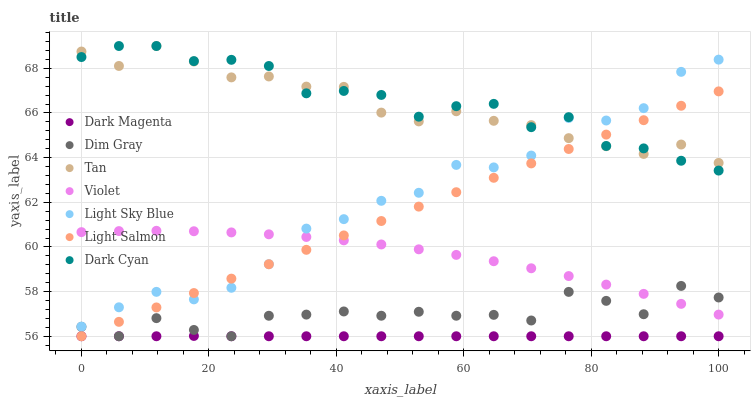
| xaxis_label | Dark Magenta | Dim Gray | Tan | Violet | Light Sky Blue | Light Salmon | Dark Cyan |
 | --- | --- | --- | --- | --- | --- | --- | --- |
 | 0 | 56 | 56.4 | 68.8 | 60.7 | 56.4 | 56 | 68.5 |
 | 5.88 | 56 | 56 | 68.1 | 60.7 | 57.3 | 56.6 | 69 |
 | 11.8 | 56 | 56.8 | 69 | 60.7 | 58 | 57.3 | 69 |
 | 17.6 | 56 | 56.3 | 68.3 | 60.7 | 57.7 | 57.9 | 68.3 |
 | 23.5 | 56 | 56 | 67.6 | 60.7 | 58.2 | 58.6 | 68.4 |
 | 29.4 | 56 | 56.9 | 67.6 | 60.6 | 59.2 | 59.2 | 68.1 |
 | 35.3 | 56 | 57 | 67.2 | 60.4 | 60.8 | 59.9 | 66.9 |
 | 41.2 | 56 | 57.1 | 67.2 | 60.3 | 61.2 | 60.5 | 67 |
 | 47.1 | 56 | 56.9 | 66 | 60.1 | 62.1 | 61.2 | 66.8 |
 | 52.9 | 56 | 57.1 | 65.6 | 59.9 | 62.4 | 61.8 | 65.8 |
 | 58.8 | 56 | 56.9 | 66.1 | 59.6 | 63.7 | 62.5 | 66.3 |
 | 64.7 | 56 | 57 | 65.6 | 59.4 | 63.6 | 63.1 | 66.4 |
 | 70.6 | 56 | 56.7 | 65.5 | 59 | 64.1 | 63.7 | 65.4 |
 | 76.5 | 56 | 58 | 64.9 | 58.7 | 65.8 | 64.4 | 65.8 |
 | 82.4 | 56 | 57.6 | 64.5 | 58.3 | 65.7 | 65 | 64.5 |
 | 88.2 | 56 | 57 | 64.2 | 57.9 | 66.2 | 65.7 | 64.4 |
 | 94.1 | 56 | 58.3 | 64.6 | 57.5 | 67.8 | 66.3 | 63.9 |
 | 100 | 56 | 57.7 | 63.8 | 57 | 68.4 | 67 | 63.4 |